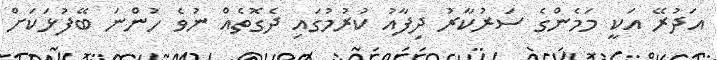
އަދުރޭ އަކީ މަމެންގެ ސަރުކާރު ދިފާއު ކުރުމުގައި ދެގޮތެއް ނުވެ ހުންނަ ބޭފުޅަކަށް